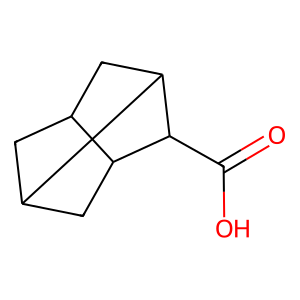
SMILES: O=C(O)C1C2CC3CC2CC31
Inhibits HIV replication: No